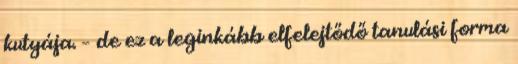
kutyája. – de ez a leginkább elfelejtődő tanulási forma